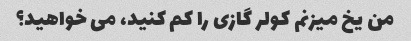
من یخ میزنم کولر گازی را کم کنید، می خواهید؟